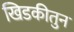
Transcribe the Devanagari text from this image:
खिडकीतुन